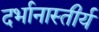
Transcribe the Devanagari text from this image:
दर्भानास्तीर्य